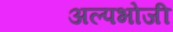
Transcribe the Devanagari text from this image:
अल्पभोजी